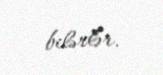
bilərlər.